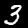
Digit: 3